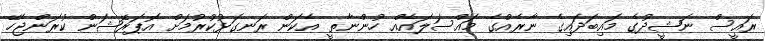
ރައީސް ނަޝީދުގެ މައިބަދައިގެ ނާރެއްގެ މައްސަލައެއް ހުންނާތީ އެކަން ރަނގަޅުކުރުމަށް އޮޕަރޭޝަން ކުރަންޖެހޭ